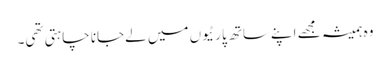
وہ ہمیشہ مجھے اپنےساتھ پارٹیوں میں لےجانا چاہتی تھی۔